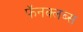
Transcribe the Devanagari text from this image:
फॅनक्लब्स